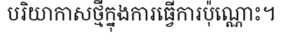
បរិយាកាសថ្មីក្នុងការធ្វើការប៉ុណ្ណោះ។